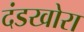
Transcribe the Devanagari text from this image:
दंडखोरा